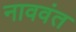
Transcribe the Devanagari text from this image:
नाववंत